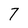
Character: 7